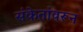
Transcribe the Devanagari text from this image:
संकेतांवरून